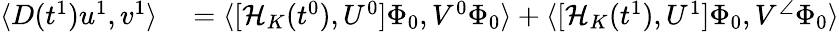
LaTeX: \begin{array}{rl}{\langle D(t^{1})u^{1},v^{1}\rangle}&{{}=\langle[\mathcal{H}_{K}(t^{0}),U^{0}]\Phi_{0},V^{0}\Phi_{0}\rangle+\langle[\mathcal{H}_{K}(t^{1}),U^{1}]\Phi_{0},V^{\angle}\Phi_{0}\rangle}\end{array}